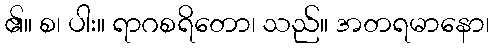
၏။ စ၊ ပါး။ ရာဂစရိတော၊ သည်။ အတရမာနော၊